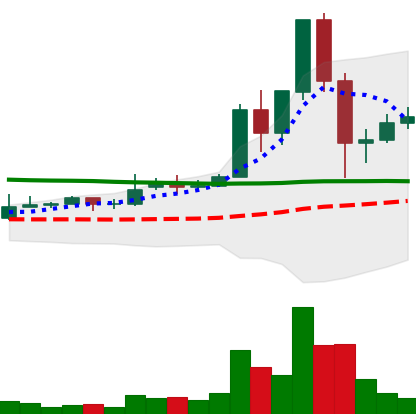
Ticker: DOGE-USD
Chart end date: 2020-11-29
Forward return: -4.35%
Label: down_3_5